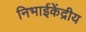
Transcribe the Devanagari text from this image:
निभाईकेंद्रीय